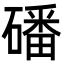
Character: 磻